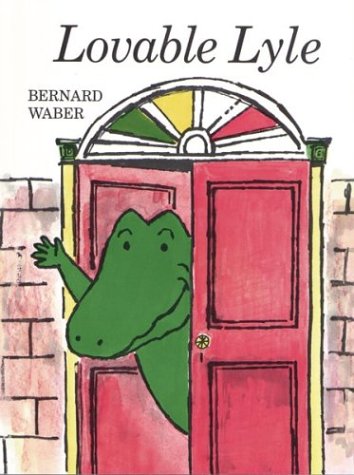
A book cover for Lovable Lyle (Lyle the Crocodile); Bernard Waber; Children's Books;